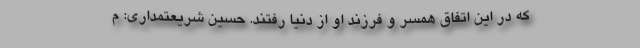
که در این اتفاق همسر و فرزند او از دنیا رفتند. حسین شریعتمداری: م